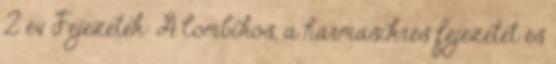
2 év Fejezetek: A lombikos, a hármasikres fejezetet és